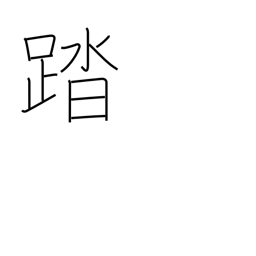
Meaning: carry through